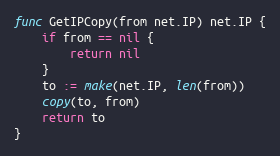
Language: Go
func GetIPCopy(from net.IP) net.IP {
	if from == nil {
		return nil
	}
	to := make(net.IP, len(from))
	copy(to, from)
	return to
}